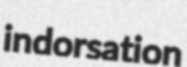
indorsation